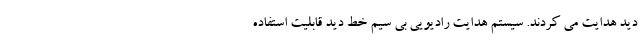
دید هدایت می کردند. سیستم هدایت رادیویی بی سیم‌ خط دید قابلیت استفاده